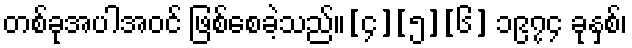
တစ်ခုအပါအဝင် ဖြစ်စေခဲ့သည်။[၄][၅][၆] ၁၉၇၄ ခုနှစ်၊